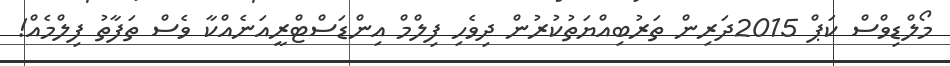
މޯލްޑިވްސް ކަޕް 2015ދަރިން ތަރުބިއްޔަތުކުރުން ދިވެހި ފިލްމް އިންޑަސްޓްރީއަނެއްކާ ވެސް ތަފާތު ފިލްމެއް!